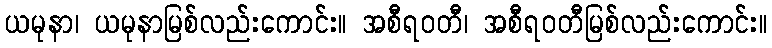
ယမုနာ၊ ယမုနာမြစ်လည်းကောင်း။ အစီရဝတီ၊ အစီရဝတီမြစ်လည်းကောင်း။